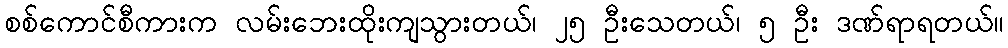
စစ်ကောင်စီကားက လမ်းဘေးထိုးကျသွားတယ်၊ ၂၅ ဦးသေတယ်၊ ၅ ဦး ဒဏ်ရာရတယ်။